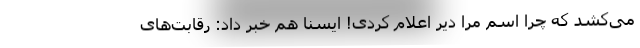
می‌کشد که چرا اسم مرا دیر اعلام کردی! ایسنا هم خبر داد: رقابت‌های